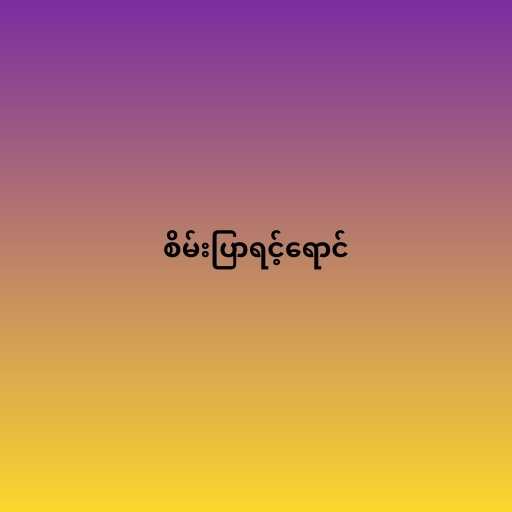
စိမ်းပြာရင့်ရောင်